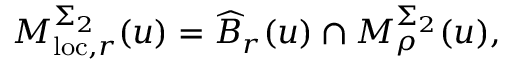
M _ { \mathrm { l o c } , r } ^ { \Sigma _ { 2 } } ( u ) = \widehat { B } _ { r } ( u ) \cap M _ { \rho } ^ { \Sigma _ { 2 } } ( u ) ,